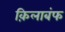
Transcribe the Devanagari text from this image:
क़िलाबंफ